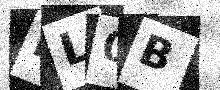
Text: ML0B